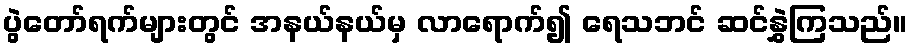
ပွဲတော်ရက်များတွင် အနယ်နယ်မှ လာရောက်၍ ရေသဘင် ဆင်နွှဲကြသည်။